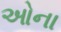
ઓના